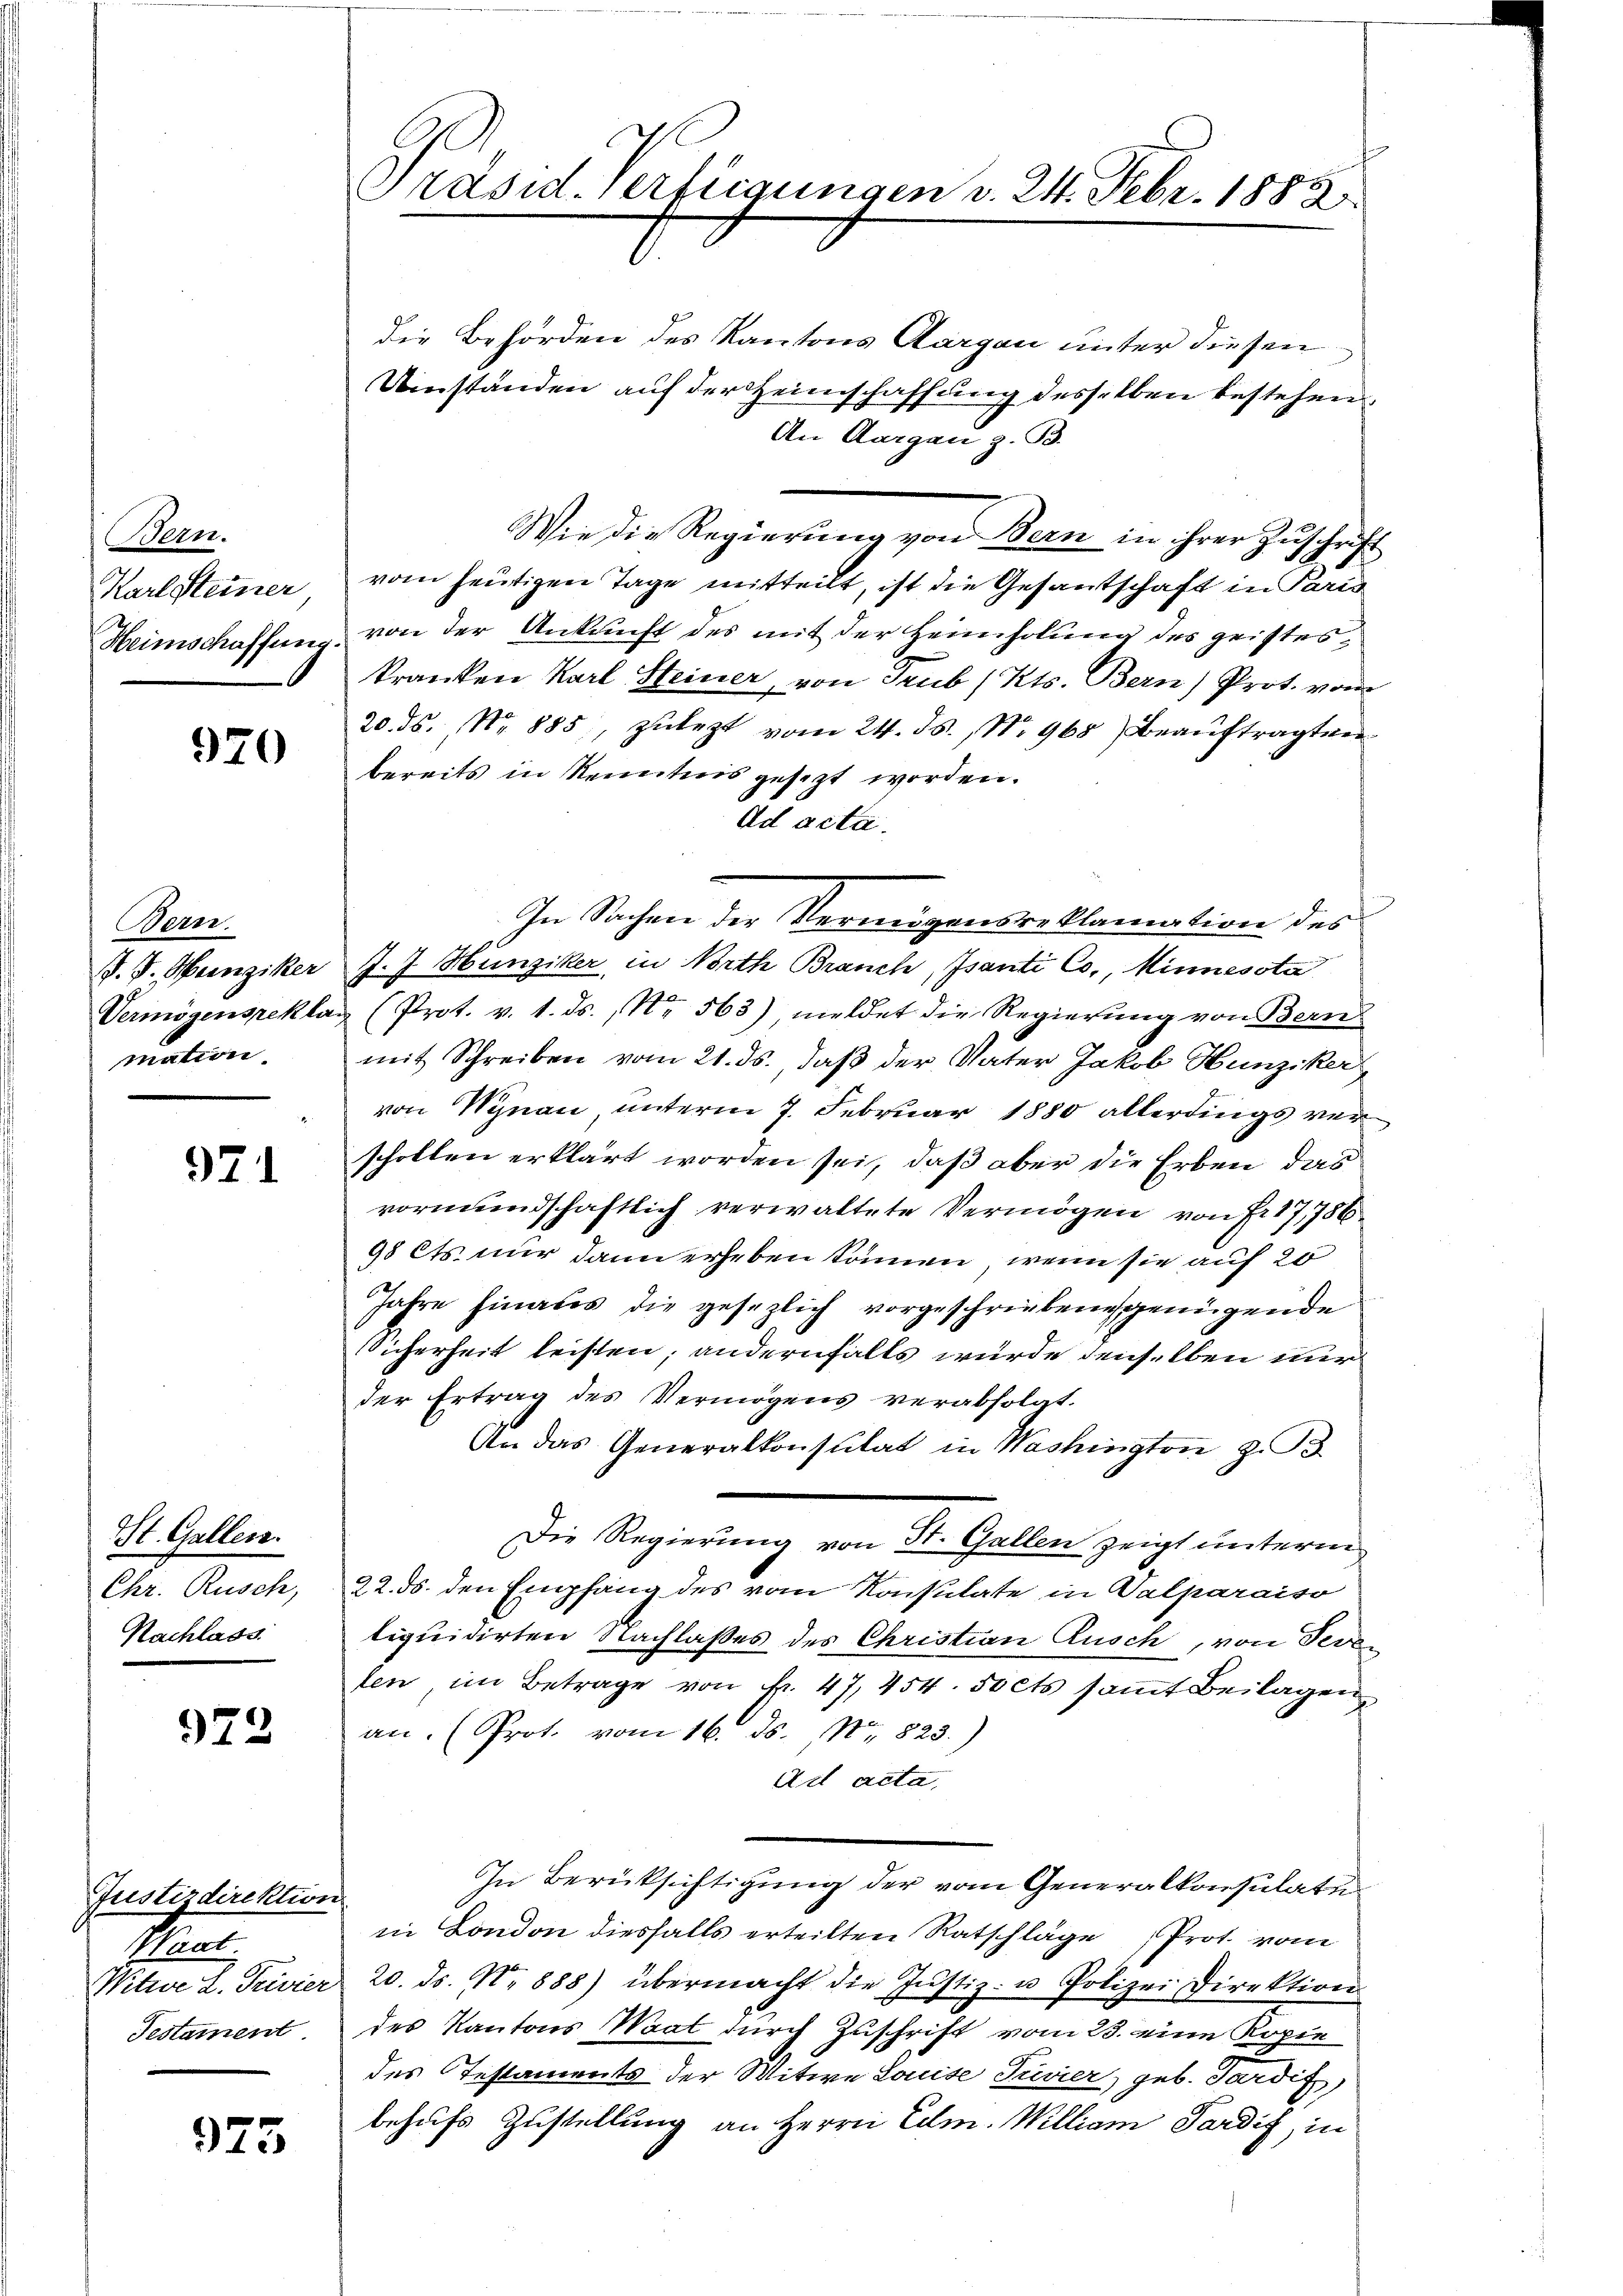
en.
Karl Steiner
Heimschaffung.

970

Bern.
Vermögensrekla

971

St. Gallen.
Chr. Rusch,
Nachlass

972

Justizdirektion
t
WWitwe d. Privier
Testament

975

Präsid. Verfügungen v. 24. Febr. 1883

die Behörden des Kantons Aargau unter diesen
Umständen auf der Heimschaffung desselben bestehen
An Aargau z. B.
Wie die Regierung von Bern in ihrer Zuschrift
vom heutigen Tage mitteilt, ist die Gesantschaft in Paris
von der Ankunft des mit der Heimholung des geisteskranken Karl Steiner, von Trub (Kts. Bern) Prot. vom
20. ds. No 885, zulezt vom 24. ds. No 968) Beauftragten
bereits in Kenntnis gesezt worden.
Ad acta.
In Sachen der Vermögensreklamation des
J. J. Heinziker J. J. Hunziker in Vorth Brauch, Isanti Co., innessta
(Prot. v. 1. ds. No. 563) meldet die Regierŭng von Bern
mation. mit Schreiben vom 21. ds., daß der Vater Jakob Hunziker,
von Wynau, unterm 7. Februar 1880 allerdings verschollen erklärt worden sei, daß aber die Erben das
vormundschaftlich verwaltete Vermögen von Fr. 17,756
98 Cts. nur dann erheben können, wenn sie auf 20
Jahre hinaus die gesezlich vorgeschrieben genügende
Sicherheit leisten; andernfalls würde denselben nur
der Ertrag des Vermögens verabfolgt.
An das Generalkonsulat in Washington z. B.
Die Regierung von St. Gallen zeigt ŭnterm
22. ds. den Empfang des vom Konsulate in Valparaiso
liquidirten Nachlaßes des Christian Ausch, von Sereten, im Betrage von Nr. 47, 454. 50 cts samt Beilagen,
an. (Prot. vom 16. ds. No 823.)
Ad acta,
In Berücksichtigung der vom Generalkonsulate
in London diesfalls erteilten Ratschläge Prot. vom
20. ds. No 888) übermacht die Justiz- u Polizei Direktion
des Kantons Maat durch Zuschrift vom 23. eine Kopie
des Testaments der Witwe Louise Trevier, geb. Sardif
behufs Zustellung an Herrn Edm. William Pardis, in